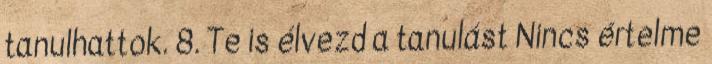
tanulhattok. 8. Te is élvezd a tanulást Nincs értelme